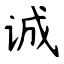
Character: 诚